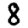
Digit: 8